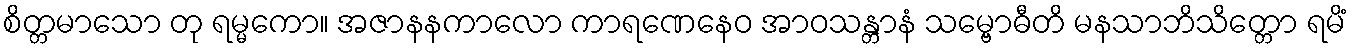
စိတ္တမာသော တု ရမ္မကော။ အဇာနနကာလော ကာရဏေနေဝ အာဝသန္တာနံ သမ္ဗောဓီတိ မနသာဘိသိတ္တော ရမိံ